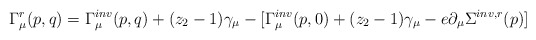
\begin{align*}\Gamma^r_{\mu}(p,q)= \Gamma^{inv}_{\mu}(p,q)+(z_2-1) \gamma_{\mu}-[ \Gamma^{inv}_{\mu}(p,0)+(z_2-1) \gamma_{\mu}-e \partial_{\mu} \Sigma^{inv,r}(p)]\end{align*}